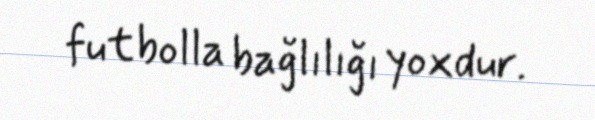
futbolla bağlılığı yoxdur.